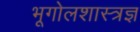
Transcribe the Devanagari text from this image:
भूगोलशास्त्रज्ञ